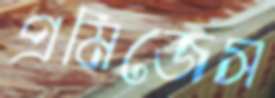
প্রমিজেস